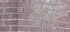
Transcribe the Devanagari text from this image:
वॉल्पोन